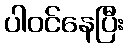
ပါဝင်နေပြီး